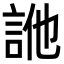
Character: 𧦭